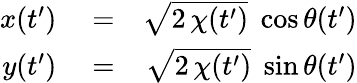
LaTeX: \begin{array}{rlr}{x(t^{\prime})}&{{}=}&{\sqrt{2\, \chi(t^{\prime})}\; \cos\theta(t^{\prime})}\\ {y(t^{\prime})}&{{}=}&{\sqrt{2\, \chi(t^{\prime})}\; \sin\theta(t^{\prime})}\end{array}